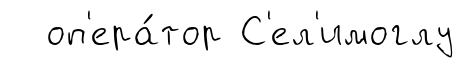
оп'ера́тор С'ел'имоглу